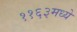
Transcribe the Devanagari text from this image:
११६३मध्ये